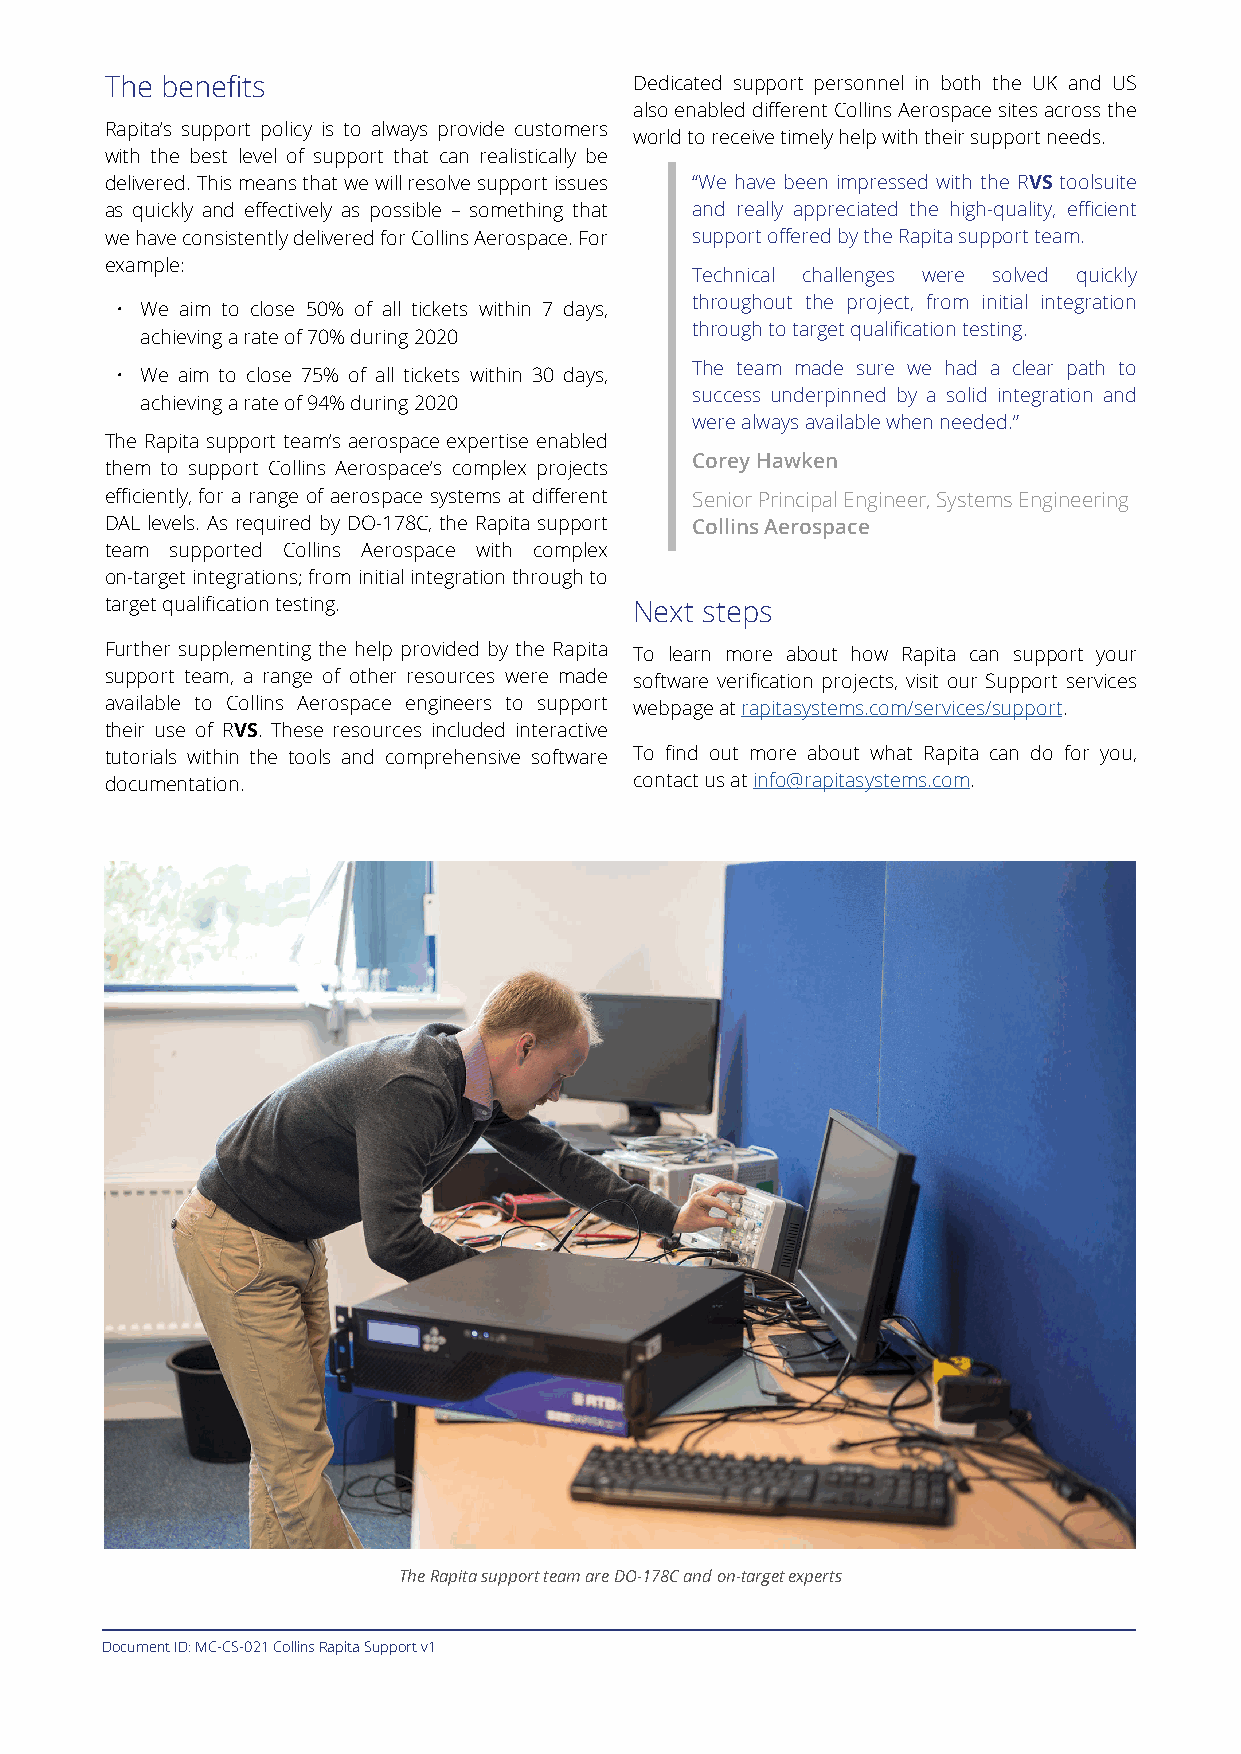
The benefits                       Dedicated support personnel in both the UK and US
 also enabled different Collins Aerospace sites across the
 Rapita’s support policy is to always provide customers
 world to receive timely help with their support needs.
 with the best level of support that can realistically be
 delivered. This means that we will resolve support issues “We have been impressed with the RVS toolsuite
 as quickly and effectively as possible – something that and really appreciated the high-quality, efficient
 we have consistently delivered for Collins Aerospace. For support offered by the Rapita support team.
 example:
 Technical challenges were solved quickly
 throughout the project, from initial integration
 • We aim to close 50% of all tickets within 7 days,
 through to target qualification testing.
 achieving a rate of 70% during 2020
 The team made sure we had a clear path to
 • We aim to close 75% of all tickets within 30 days,
 success underpinned by a solid integration and
 achieving a rate of 94% during 2020
 were always available when needed.”
 The Rapita support team’s aerospace expertise enabled
 Corey Hawken
 them to support Collins Aerospace’s complex projects
 efficiently, for a range of aerospace systems at different Senior Principal Engineer, Systems Engineering
 DAL levels. As required by DO-178C, the Rapita support Collins Aerospace
 team supported Collins Aerospace with complex
 on-target integrations; from initial integration through to
 target qualification testing.      Next steps
 Further supplementing the help provided by the Rapita To learn more about how Rapita can support your
 support team, a range of other resources were made software verification projects, visit our Support services
 available to Collins Aerospace engineers to support webpage at rapitasystems.com/services/support.
 their use of RVS. These resources included interactive
 tutorials within the tools and comprehensive software To find out more about what Rapita can do for you,
 documentation.                     contact us at info@rapitasystems.com.
 The Rapita support team are DO-178C and on-target experts
 Document ID: MC-CS-021 Collins Rapita Support v1